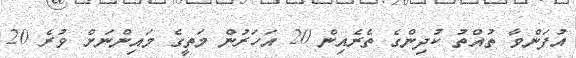
އުފަންވާ ތުއްތު ކުދިންގެ ތެރެއިން 20 އަހަރުން މަތީގެ މައިންނަށް ވުރެ 20